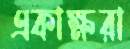
একাক্ষরা